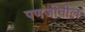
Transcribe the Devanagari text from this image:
पणजीतील